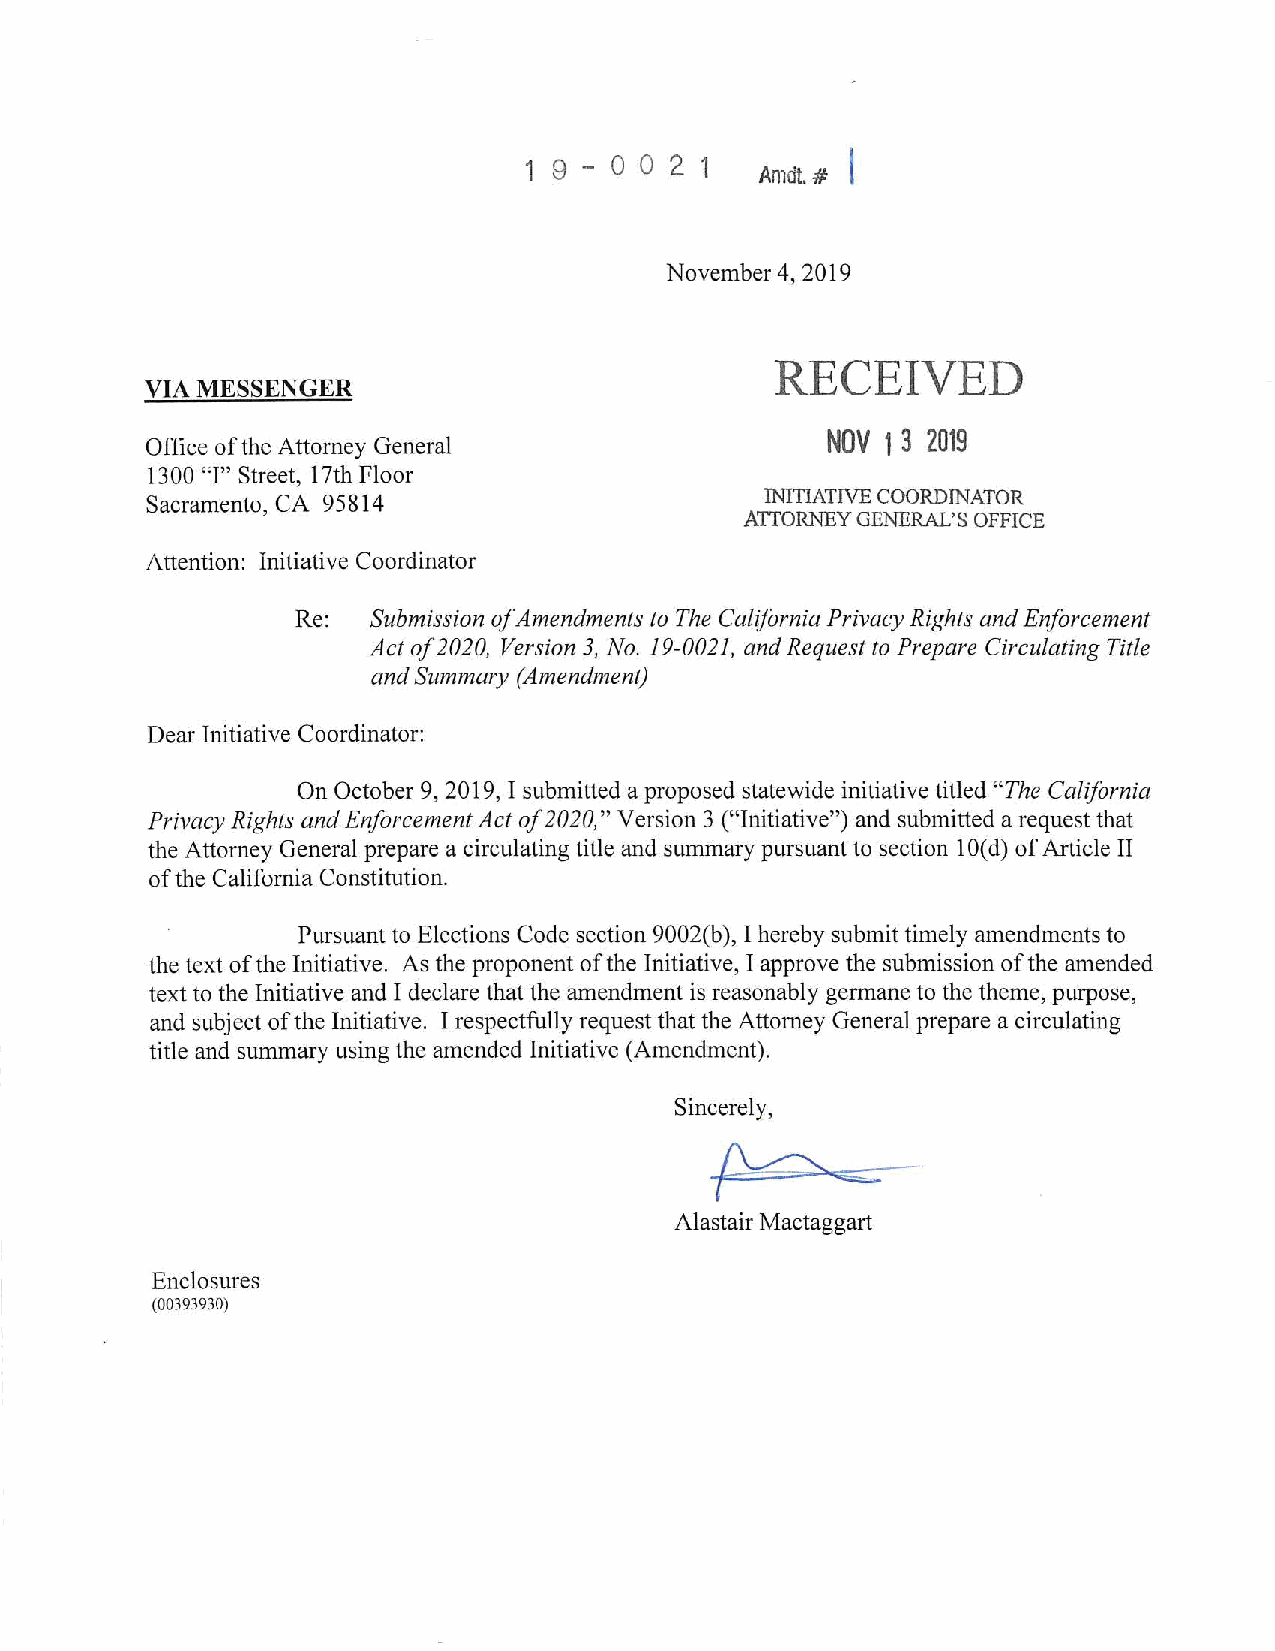
I
 1 9 - 0 0 2 1
 Amdt. #
 November 4, 2019
 RECEIVED
 VIA MESSENGER
 NOV 13 2019
 Office of the Attorney General
 1300 "I" Street, 17th Floor
 Sacramento, CA 95814                     INITIATIVE COORDINATOR
 ATTORNEY GENERAL'S OFFICE
 Attention: Initiative Coordinator
 Re: Submission ofA mendments to The California Privacy Rights and Enforcement
 Act of2 020, Version 3, No. 19-0021, and Request to Prepare Circulating Title
 and Summary (Amendment)
 Dear Initiative Coordinator:
 On October 9, 2019, I submitted a proposed statewide initiative titled "The California
 Privacy Rights and Enforcement Act of2 020," Version 3 ("Initiative") and submitted a request that
 the Attorney General prepare a circulating title and summary pursuant to section 10(d ) of Article II
 of the California Constitution.
 Pursuant to Elections Code section 9002(b) , I hereby submit timely amendments to
 the text of the Initiative. As the proponent of the Initiative, I approve the submission of the amended
 text to the Initiative and I declare that the amendment is reasonably germane to the theme, purpose,
 and subject of the Initiative. I respectfully request that the Attorney General prepare a circulating
 title and summary using the amended Initiative (Amendment).
 Sincerely,
 Alastair Mactaggart
 Enclosures
 (00393930)